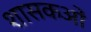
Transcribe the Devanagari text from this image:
शासकओं